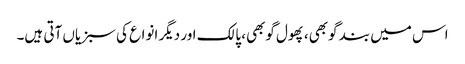
اس میں بند گوبھی، پھول گوبھی، پالک اور دیگر انواع کی سبزیاں آتی ہیں۔